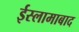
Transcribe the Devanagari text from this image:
ईस्लामाबाद